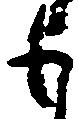
も